Civil Veterinary Department. Madras. Admin. report 1926-33 - 1926-1933
Year: 1926
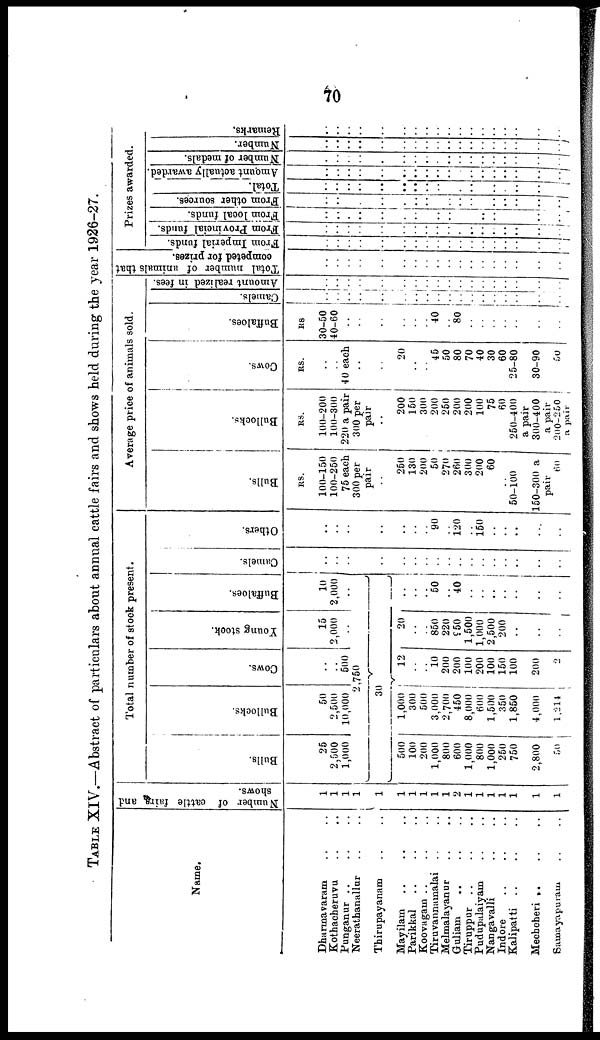
70
TABLE XIV.—Abstract of particulars about annual cattle fairs and shows held during the year 1926-27.
Name.
Dharmavaram .. ..
Kothacheruvu .. ..
Punganur .. .. ..
Neerathanallar .. ..
Thirupayanam .. ..
Mayilam .. .. ..
Parikkal .. .. ..
Koovagam .. .. ..
Tiruvannamalai .. ..
Melmalayanur .. ..
Guliam .. .. ..
Tiruppur .. .. ..
Pudupalaiyam .. ..
Nangavalli .. ..
Indore .. .. ..
Kalipatti .. .. ..
Meehcheri .. .. ..
Samayapuram .. ..
Number of cattle fairs and
shows.
1
1
1
1
1
1
1
1
1
1
2
1
1
1
1
1
1
1
Total number of stock present.
Bulls.
25
2,500
1,000
Bullocks.
50
2,500
10,000
Cows.
..
..
500
2,750
Young stock.
15
2,000
..
Buffaloes.
10
2,000
..
30
500
100
200
1,000
800
600
1,000
800
1,000
250
750
2,800
50
1,000
300
500
3,000
2,700
450
8,000
600
1,500
350
1,850
4,000
1,214
12
..
..
10
200
200
100
200
100
150
100
..
200
..
2
20
..
..
850
220
950
1,500
1,000
2,500
200
..
..
..
..
..
..
50
..
40
..
..
..
..
..
..
..
Camels.
..
..
..
..
..
..
..
..
..
..
..
..
..
..
..
..
Others.
..
..
..
..
..
..
90
..
120
..
150
..
..
..
..
..
Average price of animals sold.
Bulls.
RS.
100-150
100-250
75 each
300 per
pair
250
130
200
50
270
260
300
200
60
50-100
150-300 a
pair
60
Bullocks.
RS.
100-200
100-300
220 a pair
300 per
pair
200
150
300
200
250
200
200
100
75
60
250-400
a pair
300-400
a pair
200-250
a pair
Cows.
RS.
..
..
40 each
..
20
..
..
45
50
80
70
40
30
60
25-80
30-90
50
Buffaloes.
RS
30-50
40-60
..
..
..
..
..
40
..
80
..
..
..
..
..
..
..
Camels.
..
..
..
..
..
..
..
..
..
..
..
..
..
..
..
..
..
Amount realized in fees.
..
..
..
..
..
..
..
..
..
..
..
..
..
..
..
..
..
Total number of animals that
competed for prizes.
..
..
..
..
..
..
..
..
..
..
..
..
..
..
..
..
..
Prizes awarded.
From Imperial funds.
..
..
..
..
..
..
..
..
..
..
..
..
..
..
..
..
..
From Provincial funds.
..
..
..
..
..
..
..
..
..
..
..
..
..
..
..
..
..
From local funds.
..
..
..
..
..
..
..
..
..
..
..
..
..
..
..
..
..
From other sources.
..
..
..
..
..
..
..
..
..
..
..
..
..
..
..
..
..
Total.
..
..
..
..
..
..
..
..
..
..
..
..
..
..
..
..
..
Amount
actually awarded.
..
..
..
..
..
..
..
..
..
..
..
..
..
..
..
..
..
Number of medals.
..
..
..
..
..
..
..
..
..
..
..
..
..
..
..
..
.. ..
Number.
..
..
..
..
..
..
..
..
..
..
..
..
..
..
..
..
..
Remarks.
..
..
..
..
..
..
..
..
..
..
..
..
..
..
..
..
..